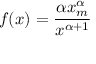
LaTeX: f ( x ) = { \frac { \alpha x _ { m } ^ { \alpha } } { x ^ { \alpha + 1 } } }